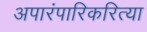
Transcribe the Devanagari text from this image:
अपारंपारिकरित्या